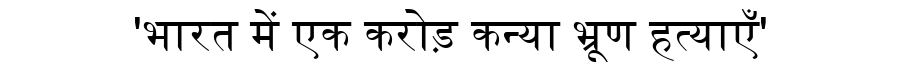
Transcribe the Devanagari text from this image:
'भारत में एक करोड़ कन्या भ्रूण हत्याएँ'